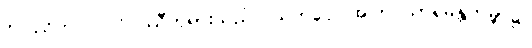
ဝိပဿိဘဂဝါ၊ ဝိပဿီဘုရားသည်။ ယကပ္ပေ၊ အကြင်သာရမန္တကမ္ဘာ၌။